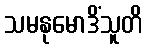
သမနုမောဒိံသူတိ